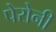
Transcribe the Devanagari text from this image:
पेरोनी